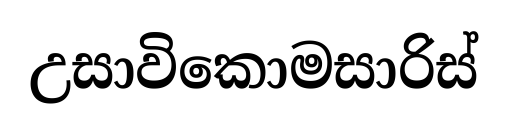
උසාවිකොමසාරිස්